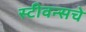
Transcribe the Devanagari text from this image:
स्टीवन्सचे